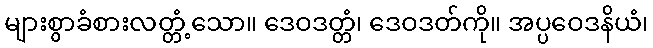
များစွာခံစားလတ္တံ့သော။ ဒေဝဒတ္တံ၊ ဒေဝဒတ်ကို။ အပ္ပဝေဒနိယံ၊